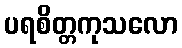
ပရစိတ္တကုသလော